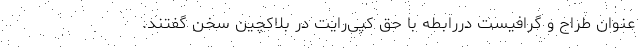
عنوان طراح و گرافیست دررابطه با حق کپی‌رایت در بلاکچین سخن گفتند.